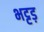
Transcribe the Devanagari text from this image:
भट्टड़